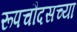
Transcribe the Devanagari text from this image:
रूपचौदसच्या